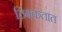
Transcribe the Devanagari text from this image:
ठिबकतात